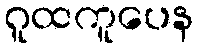
ဂူထကူပေန